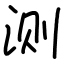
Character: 测